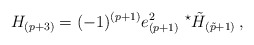
\begin{align*}H_{(p+3)}=(-1)^{(p+1)}e^{2}_{(p+1)}\ {}^{\star}\tilde{H}_{(\tilde{p}+1)}\, ,\end{align*}